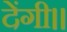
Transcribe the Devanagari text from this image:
देंगी।।